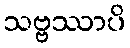
သဗ္ဗဿာပိ